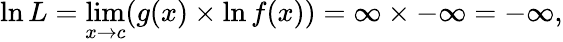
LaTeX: \ln L=\operatorname*{lim}_{x\to c}({g(x)}\times\ln{f(x)})=\infty\times{-\infty}=-\infty,